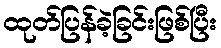
ထုတ်ပြန်ခဲ့ခြင်းဖြစ်ပြီး